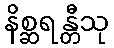
နိစ္ဆရန္တီသု